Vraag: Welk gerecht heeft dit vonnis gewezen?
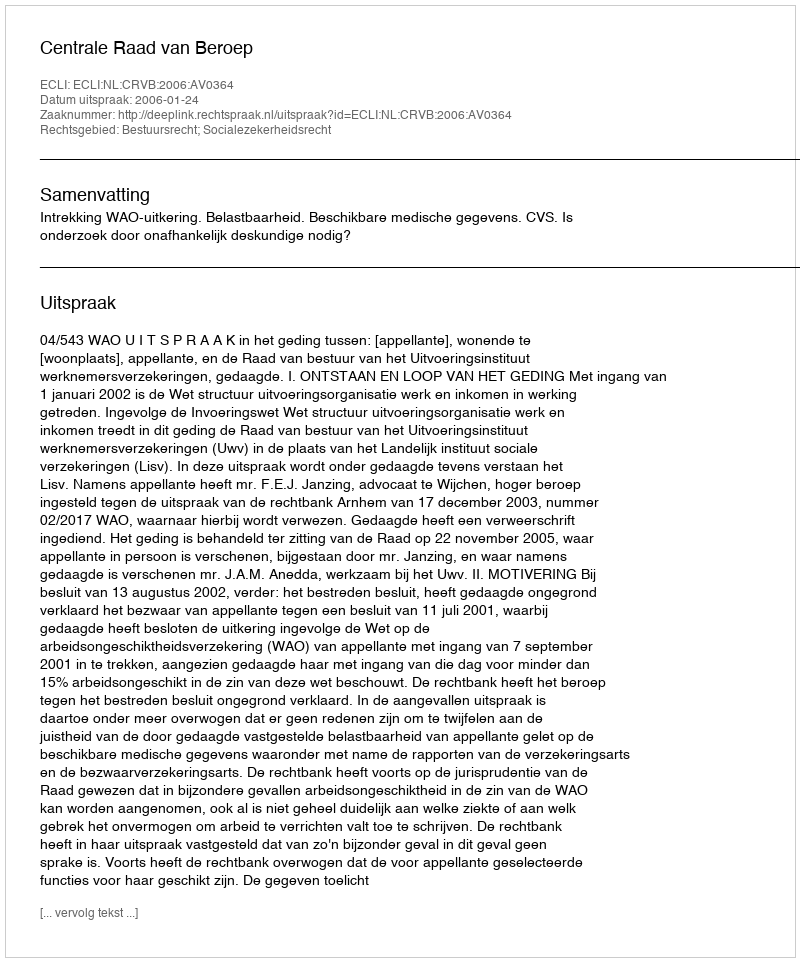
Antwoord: Centrale Raad van Beroep